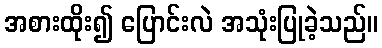
အစားထိုး၍ ပြောင်းလဲ အသုံးပြုခဲ့သည်။